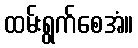
ထမ်းရွက်စေအံ။